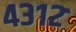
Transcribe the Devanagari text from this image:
४३१२